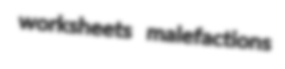
worksheets malefactions